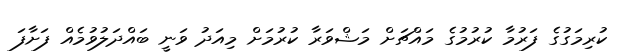
ކުރިމަގުގެ ފަރުމާ ކުރުމުގެ މައްޗަށް މަޝްވަރާ ކުރުމަށް މިއަދު ވަނީ ބައްދަލުވުމެއް ފަށާފަ